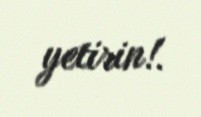
yetirin!.